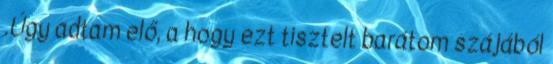
.Úgy adtam elő, a hogy ezt tisztelt barátom szájából